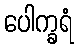
ပေါက္ခရံ